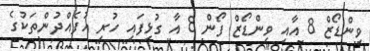
ވިންޑޯޒް 8 އާއި ވިންޑޯޒް ފޯން 8 އާ ގުޅިފައި ހުރި އުފެއްދުންތަކުގެ